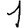
Digit: 1